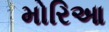
મોરિઆ